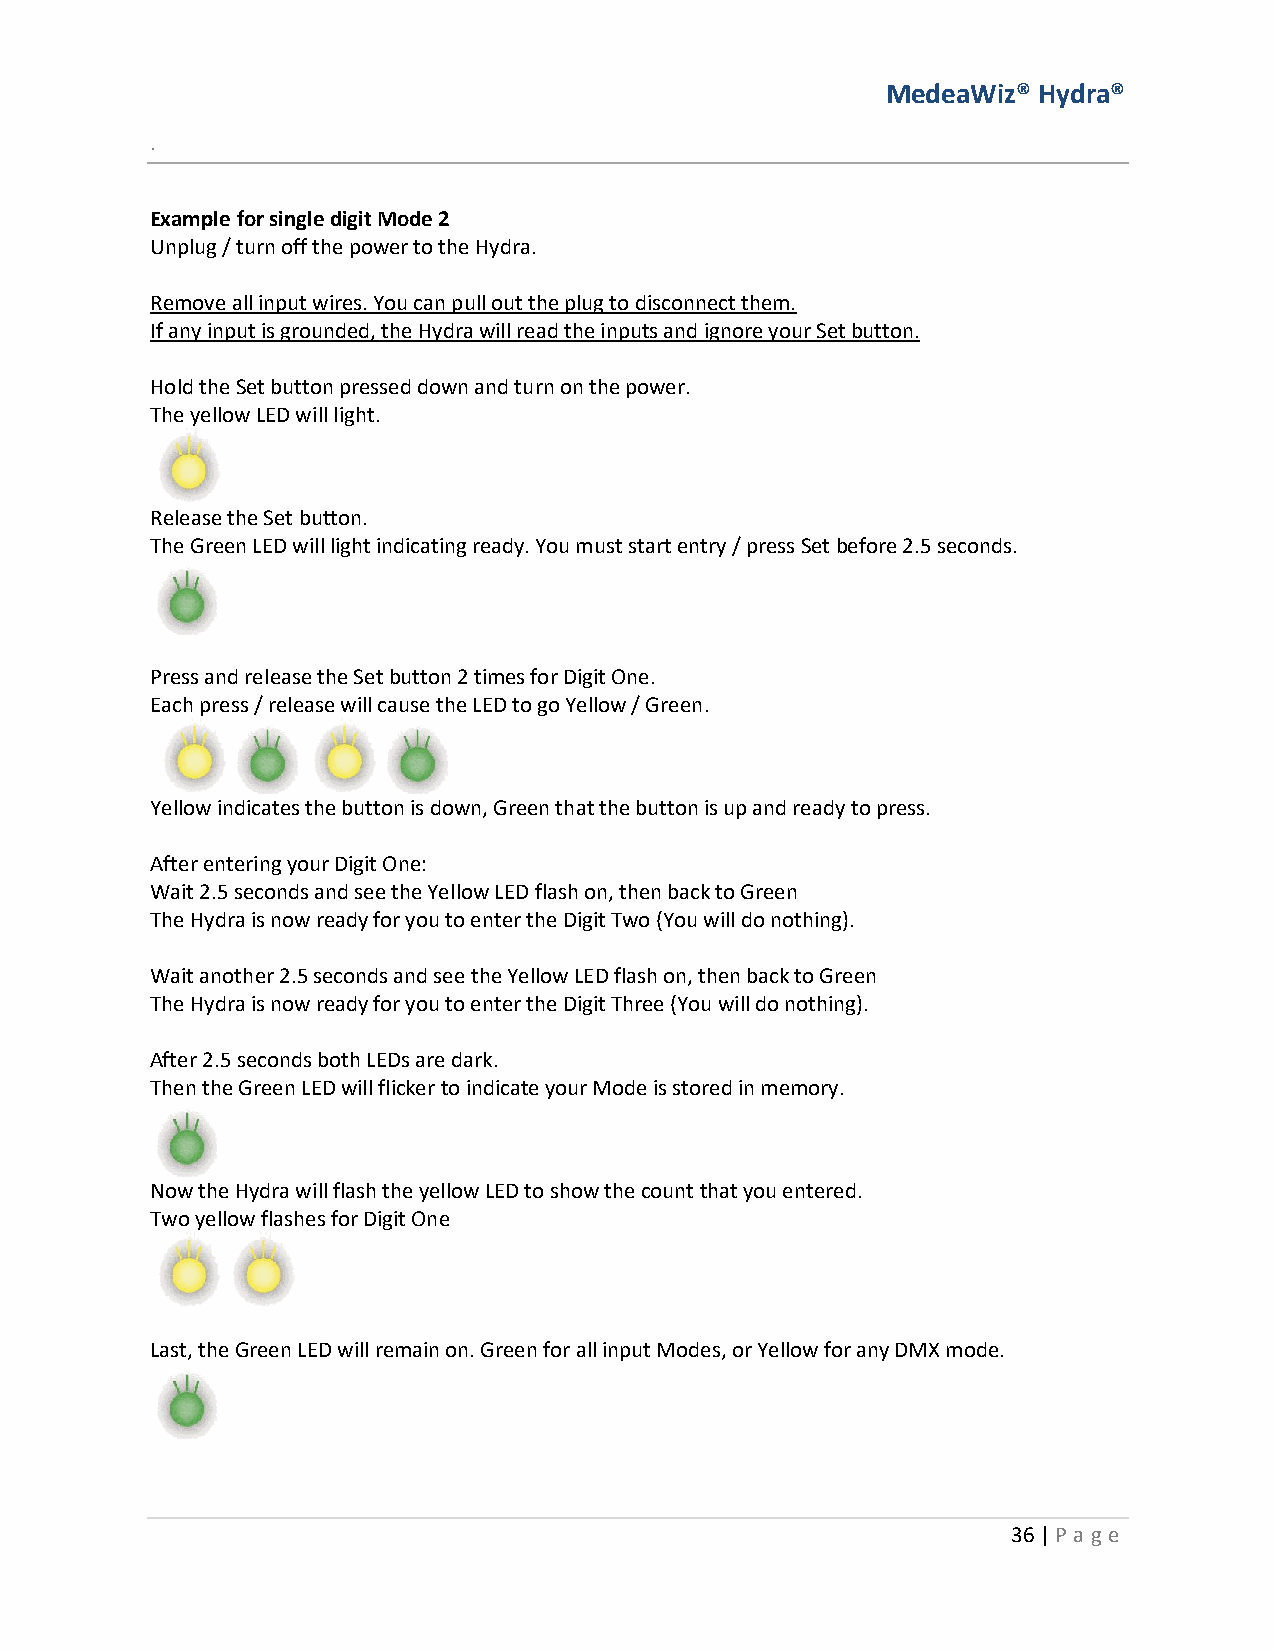
MedeaWiz® Hydra®
 .
 Example for single digit Mode 2
 Unplug / turn off the power to the Hydra.
 Remove all input wires. You can pull out the plug to disconnect them.
 If any input is grounded, the Hydra will read the inputs and ignore your Set button.
 Hold the Set button pressed down and turn on the power.
 The yellow LED will light.
 Release the Set button.
 The Green LED will light indicating ready. You must start entry / press Set before 2.5 seconds.
 Press and release the Set button 2 times for Digit One.
 Each press / release will cause the LED to go Yellow / Green.
 Yellow indicates the button is down, Green that the button is up and ready to press.
 After entering your Digit One:
 Wait 2.5 seconds and see the Yellow LED flash on, then back to Green
 The Hydra is now ready for you to enter the Digit Two (You will do nothing).
 Wait another 2.5 seconds and see the Yellow LED flash on, then back to Green
 The Hydra is now ready for you to enter the Digit Three (You will do nothing).
 After 2.5 seconds both LEDs are dark.
 Then the Green LED will flicker to indicate your Mode is stored in memory.
 Now the Hydra will flash the yellow LED to show the count that you entered.
 Two yellow flashes for Digit One
 Last, the Green LED will remain on. Green for all input Modes, or Yellow for any DMX mode.
 36 | P age